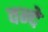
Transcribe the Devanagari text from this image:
वन्‍दे